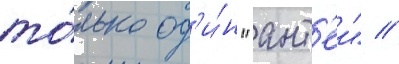
то́лько од'и́н "ант'еи" //